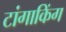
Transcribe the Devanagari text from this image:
टांगाकिंग